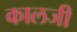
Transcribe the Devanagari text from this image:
कालजी